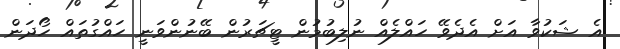
އެ ޝަކުވާ އަށް އެދެވޭ ހައްލެއް ނުލިބުމުން ޓީޗަރުން ބޭނުންވަނީ ހައްގުތައް ހޯދަން